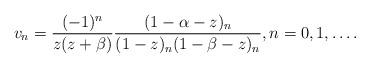
LaTeX: \begin{gather*}v_{n}=\frac{(-1) ^{n}}{z(z+\beta) }\frac{(1-\alpha-z)_{n}}{( 1-z)_{n}( 1-\beta-z)_{n}},n=0,1,\ldots.\end{gather*}